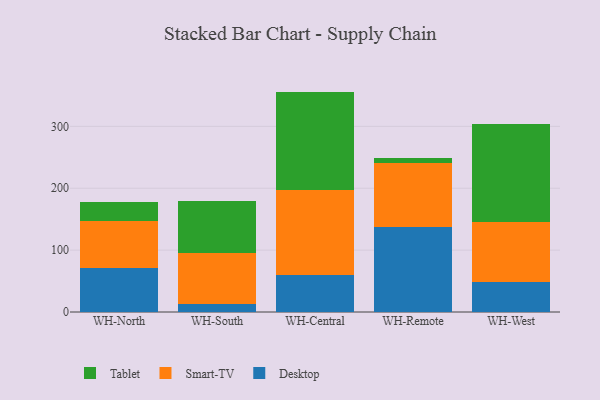
{"axis": {"x": "Warehouse", "y": "Budget (USD K)"}, "legend": ["Desktop", "Smart-TV", "Tablet"], "data": [{"x": "WH-North", "y": 71.0, "type": "Desktop"}, {"x": "WH-North", "y": 75.8, "type": "Smart-TV"}, {"x": "WH-North", "y": 30.3, "type": "Tablet"}, {"x": "WH-South", "y": 12.7, "type": "Desktop"}, {"x": "WH-South", "y": 82.9, "type": "Smart-TV"}, {"x": "WH-South", "y": 84.4, "type": "Tablet"}, {"x": "WH-Central", "y": 59.9, "type": "Desktop"}, {"x": "WH-Central", "y": 137.2, "type": "Smart-TV"}, {"x": "WH-Central", "y": 159.0, "type": "Tablet"}, {"x": "WH-Remote", "y": 137.8, "type": "Desktop"}, {"x": "WH-Remote", "y": 103.2, "type": "Smart-TV"}, {"x": "WH-Remote", "y": 8.6, "type": "Tablet"}, {"x": "WH-West", "y": 47.9, "type": "Desktop"}, {"x": "WH-West", "y": 97.4, "type": "Smart-TV"}, {"x": "WH-West", "y": 158.4, "type": "Tablet"}]}